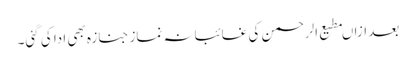
بعد ازاںمطیع الرحمن کی غائبانہ نماز جنازہ بھی ادا کی گئی۔